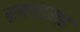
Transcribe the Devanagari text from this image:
रायगडसह